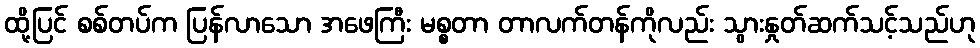
ထို့ပြင် စစ်တပ်က ပြန်လာသော အဖေကြီး မစ္စတာ တာလက်တန်ကိုလည်း သွားနှုတ်ဆက်သင့်သည်ဟု